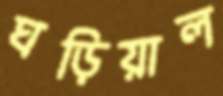
ঘড়িয়াল